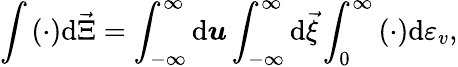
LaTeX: \int{(\cdot)\mathrm{d}\vec{\Xi}}=\int_{-\infty}^{\infty}\mathrm{d}\boldsymbol{u}\int_{-\infty}^{\infty}\mathrm{d}{\vec{\xi}}\int_{0}^{\infty}{(\cdot)\mathrm{d}{\varepsilon_{v}}},